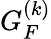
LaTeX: G_{F}^{(k)}